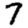
Digit: 7